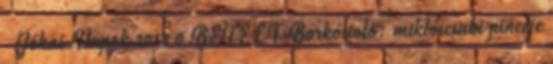
Jókai Napok 2018 0 BETELT Borkóstoló: miklóscsabi pincéje